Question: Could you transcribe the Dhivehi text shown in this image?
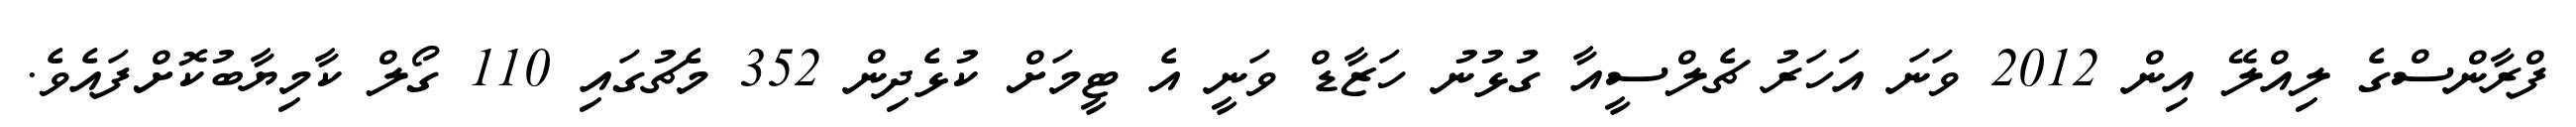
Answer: ފްރާންސްގެ ލިއްލޭ އިން 2012 ވަނަ އަހަރު ޗެލްސީއާ ގުޅުނު ހަޒާޑް ވަނީ އެ ޓީމަށް ކުޅެދިން 352 މެޗުގައި 110 ގޯލް ކާމިޔާބުކޮށްފައެވެ.